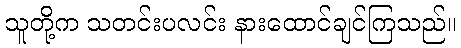
သူတို့က သတင်းပလင်း နားထောင်ချင်ကြသည်။